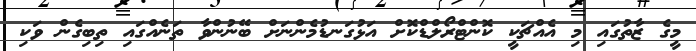
މީގެ ޒާތުގައި މި އެއްޗަކީ ކޮންޓްރޯލްޑްކޮށް އަޅުގަނޑުމެންނަށް ބޭނުންވާ ތަނެއްގައި ތިބިގެން ވަކި